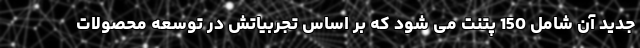
جدید آن شامل 150 پتنت می شود که بر اساس تجربیاتش در توسعه محصولات